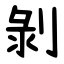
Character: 剝